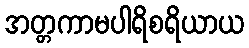
အတ္တကာမပါရိစရိယာယ